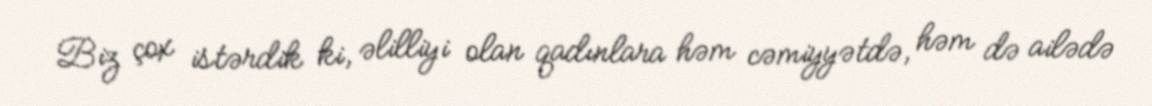
Biz çox istərdik ki, əlilliyi olan qadınlara həm cəmiyyətdə, həm də ailədə